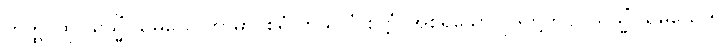
တတ္ထ၊ ထို ယသ္မိံ သမယေ ကာမာဝစရံ ကုသလံ စိတ္တံ၊ အစရှိသော ပုဒ်တို့တွင်။ ယသ္မိံ သမယေတိ